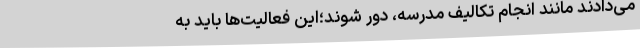
می‌دادند مانند انجام تکالیف مدرسه، دور شوند؛این فعالیت‌ها باید به